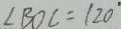
\angle B O C = 1 2 0 ^ { \circ }